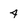
Character: 4